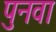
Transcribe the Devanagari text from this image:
पुनवा